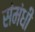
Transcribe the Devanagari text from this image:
संमंधी